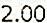
2.00